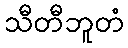
သီတီဘူတံ